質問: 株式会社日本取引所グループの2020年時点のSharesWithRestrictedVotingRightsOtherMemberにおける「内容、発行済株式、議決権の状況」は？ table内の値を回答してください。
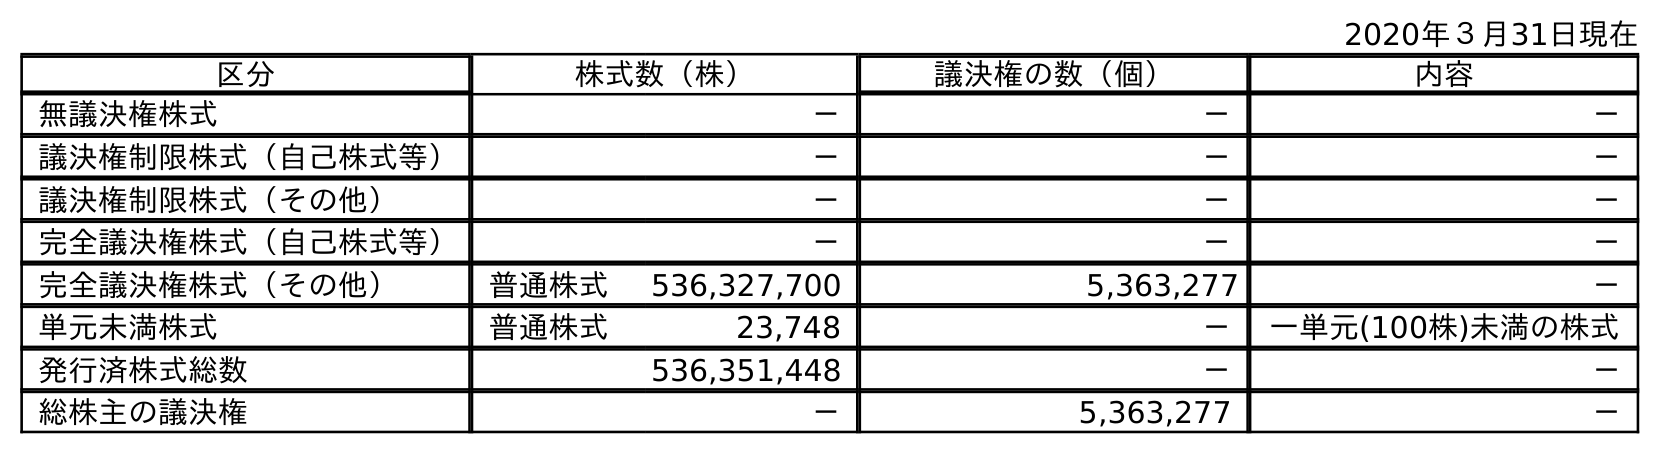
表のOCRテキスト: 2020年３月31日現在 区分 株式数（株） 議決権の数（個） 内容 無議決権株式 － － － 議決権制限株式（自己株式等） － － － 議決権制限株式（その他） － － － 完全議決権株式（自己株式等） － － － 完全議決権株式（その他） 普通株式 536,327,700 5,363,277 － 単元未満株式 普通株式 23,748 － 一単元(100株)未満の株式 発行済株式総数 536,351,448 － － 総株主の議決権 － 5,363,277 －
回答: －